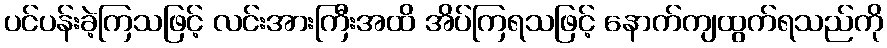
ပင်ပန်းခဲ့ကြသဖြင့် လင်းအားကြီးအထိ အိပ်ကြရသဖြင့် နောက်ကျထွက်ရသည်ကို